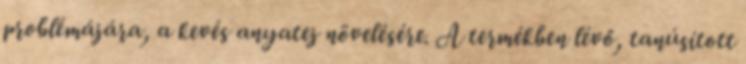
problémájára, a kevés anyatej növelésére. A termékben lévő, tanúsított